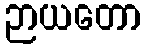
ဉာယတော